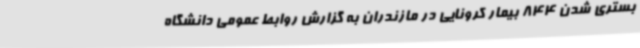
بستری شدن 844 بیمار کرونایی در مازندران به گزارش روابط عمومی دانشگاه